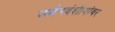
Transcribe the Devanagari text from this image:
जर्मनवंशीयांवर